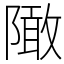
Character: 䧩